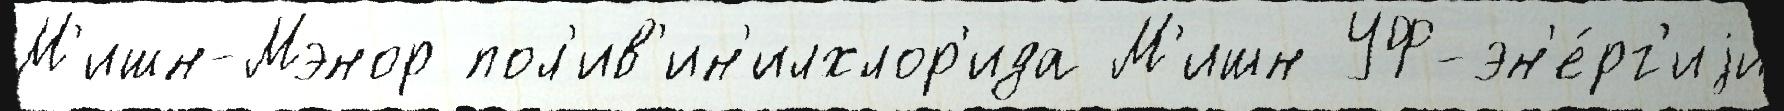
М'ишн-Мэнор пол'ив'ин'илхлор'ида М'ишн УФ-эн'е́рг'иjи